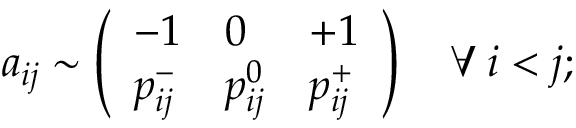
a _ { i j } \sim \left( \begin{array} { l l l } { - 1 } & { 0 } & { + 1 } \\ { p _ { i j } ^ { - } } & { p _ { i j } ^ { 0 } } & { p _ { i j } ^ { + } } \end{array} \right) \quad \forall \: i < j ;